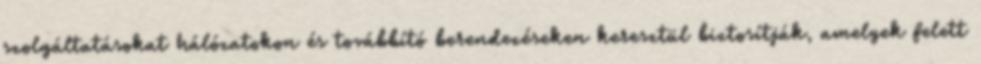
szolgáltatásokat hálózatokon és továbbító berendezéseken keresztül biztosítják, amelyek felett